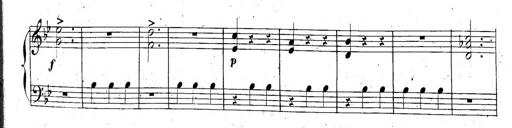
Title: 6 Sonatinen, Op.95
Composer: Ferdinand Hiller
Key: Various